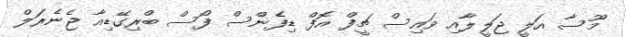
މޫސާ އަލީ ޖަލީލާއި ވައިސް ޗީފް އޮފް ޑިފެންސް ފޯސް ބްރިގޭޑިއާ ޖެނެރަލް